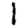
Digit: 1